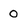
Character: 0